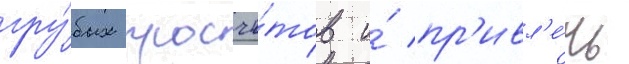
гру́бых просчё́тов и́ пр'ивл'е́чь